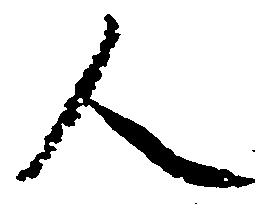
人